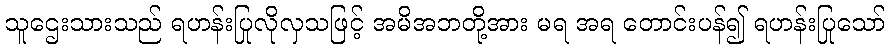
သူဌေးသားသည် ရဟန်းပြုလိုလှသဖြင့် အမိအဘတို့အား မရ အရ တောင်းပန်၍ ရဟန်းပြုသော်